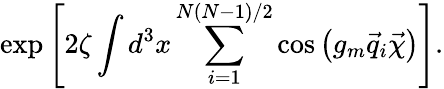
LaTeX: \exp\left[2\zeta\int d^{3}x\sum_{i=1}^{N(N-1)/2}\cos\left(g_{m}\vec{q}_{i}\vec{\chi}\right)\right].